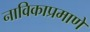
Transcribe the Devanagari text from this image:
नाविकाप्रमाणे